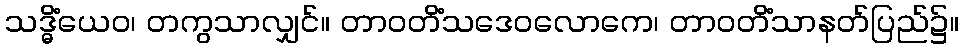
သဒ္ဓိံယေဝ၊ တကွသာလျှင်။ တာဝတိံသဒေဝလောကေ၊ တာဝတိံသာနတ်ပြည်၌။